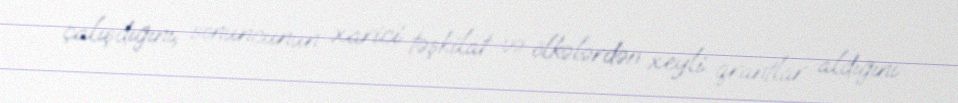
çalışdığını, sonuncunun xarici təşkilat və ölkələrdən xeyli qrantlar aldığını